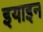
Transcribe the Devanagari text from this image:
इयाइन